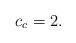
LaTeX: \begin{align*}c_c = 2.\end{align*}